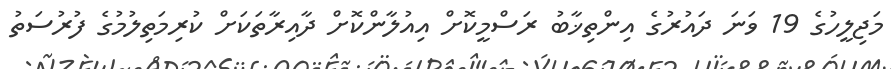
މަޖިލީހުގެ 19 ވަނަ ދައުރުގެ އިންތިޚާބު ރަސްމީކޮށް އިއުލާންކޮށް ދާއިރާތަކަށް ކުރިމަތިލުމުގެ ފުރުސަތު